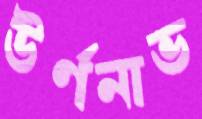
উর্ণনাভ